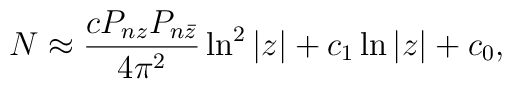
N \approx \frac{c P_{nz} P_{n\bar z} }{4\pi^2} \ln^2 |z| +c_1 \ln |z| + c_0,